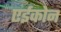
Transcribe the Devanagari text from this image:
एईकोन